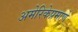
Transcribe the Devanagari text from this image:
अमेरिकेप्रमाणे